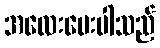
အလေးပေးပါသည်